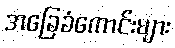
အခြေခံကောင်းများ